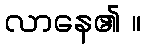
လာနေ၏ ။